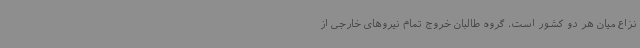
نزاع میان هر دو کشور است. گروه طالبان خروج تمام نیروهای خارجی از